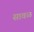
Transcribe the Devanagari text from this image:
सावळ